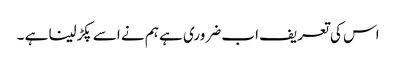
اس کی تعریف اب ضروری ہے ہم نے اسے پکڑلینا ہے ۔